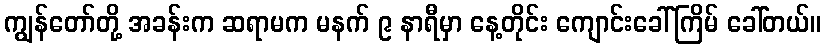
ကျွန်တော်တို့ အခန်းက ဆရာမက မနက် ၉ နာရီမှာ နေ့တိုင်း ကျောင်းခေါ်ကြိမ် ခေါ်တယ်။